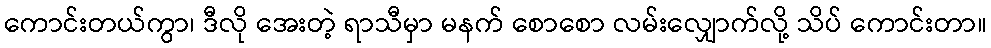
ကောင်းတယ်ကွာ၊ ဒီလို အေးတဲ့ ရာသီမှာ မနက် စောစော လမ်းလျှောက်လို့ သိပ် ကောင်းတာ။